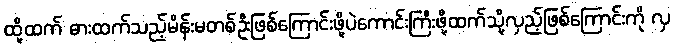
ထို့ထက် ဓားထက်သည့်မိန်းမတစ်ဦးဖြစ်ကြောင်းဖို့ပဲကောင်းကြီးဖို့ထက်သို့လှည့်ဖြစ်ကြောင်းကို လှ